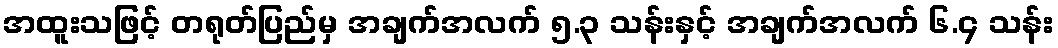
အထူးသဖြင့် တရုတ်ပြည်မှ အချက်အလက် ၅.၃ သန်းနှင့် အချက်အလက် ၆.၄ သန်း